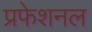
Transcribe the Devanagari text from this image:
प्रफेशनल